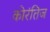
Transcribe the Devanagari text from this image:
कोरंतिज